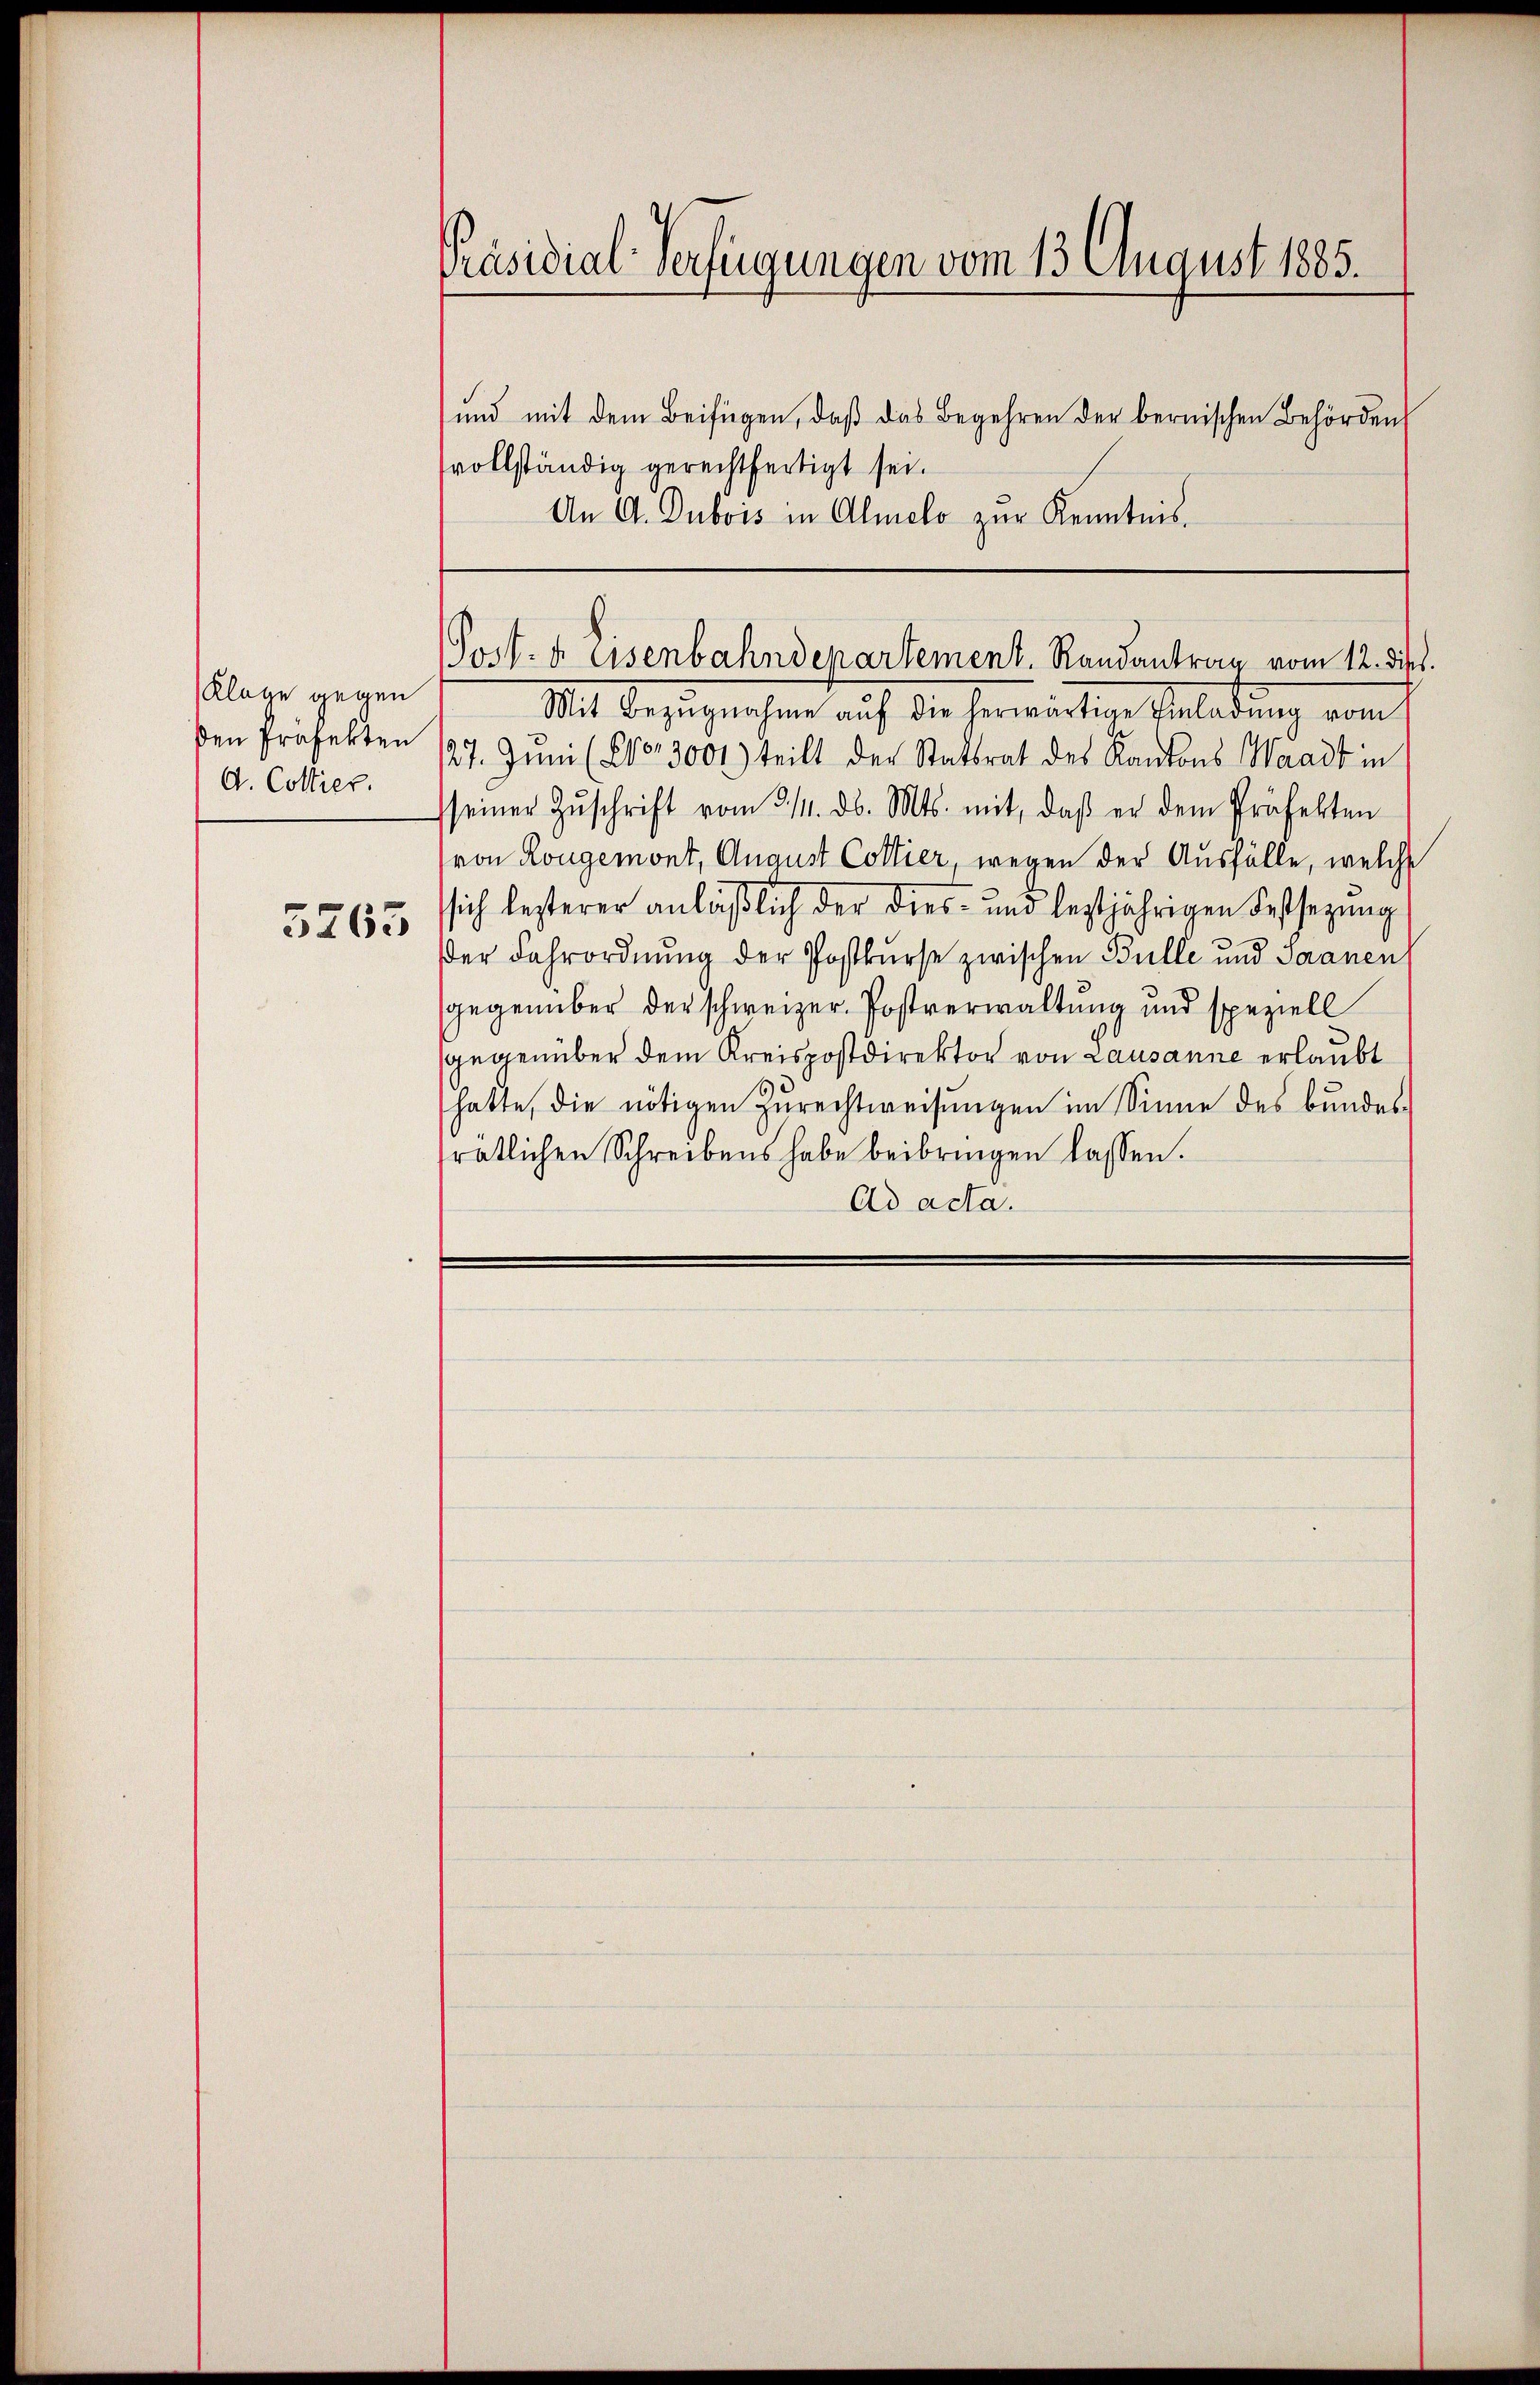
Klage gegen
den Profekten
A. Collier.

5763

Präsidial-Verfügungen vom 13 August 1885.
und mit dem Beifügen, daß das Begehren der bernischen Behörden
svollständig gerechtfertigt sei.

An A. Dubois in Almelo zur Kenntnis.

Mit Bezugnahme auf die herwärtige Anladung vom
127. Juni (203001) teilt der Stattrat des Kantons Waadt in
seiner Zŭschrift vom 3. 11. ds. Mts. mit, daβ er dem Präfekten
von Rongemont, August Cottier, wegen der Ausfülle, welche
sich lezterer anläßlich der dies- und leztjährigen Festsezung
der Fahrordnung der Postkurse zwischen Bulle und Saanen
gegenüber der schweizer. Postverwaltung und speziell
gegenüber dem Kreispostdirektor von Lausanne erlaubt
hatte, die nötigen Zurechtweisungen im Sinne des bundes-
ratlichen Schreibens habe beibringen lassen.
Ad acta.

Jost- u. Eisenbahndepartement. Randantrag vom 12. dies